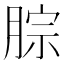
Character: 腙